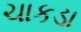
ચાકડા